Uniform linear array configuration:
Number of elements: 32
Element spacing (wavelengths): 1
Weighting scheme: blackman
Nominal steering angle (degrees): -30
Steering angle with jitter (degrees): -28.382
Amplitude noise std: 0.05
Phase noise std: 0.05

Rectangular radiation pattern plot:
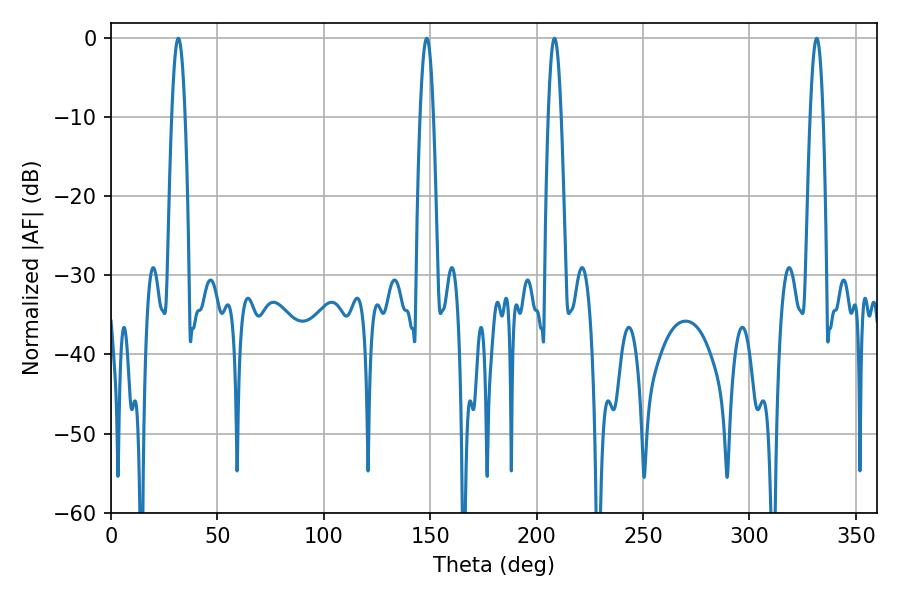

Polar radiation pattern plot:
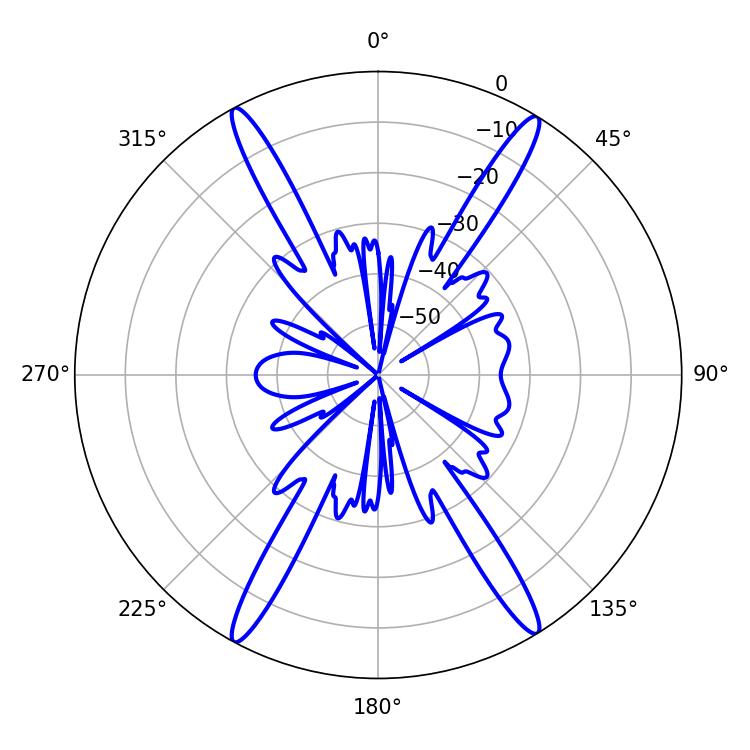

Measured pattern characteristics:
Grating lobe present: TRUE
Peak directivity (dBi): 23.647
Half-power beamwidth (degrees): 3.42
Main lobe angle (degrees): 31.68